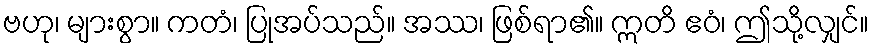
ဗဟု၊ များစွာ။ ကတံ၊ ပြုအပ်သည်။ အဿ၊ ဖြစ်ရာ၏။ ဣတိ ဧဝံ၊ ဤသို့လျှင်။